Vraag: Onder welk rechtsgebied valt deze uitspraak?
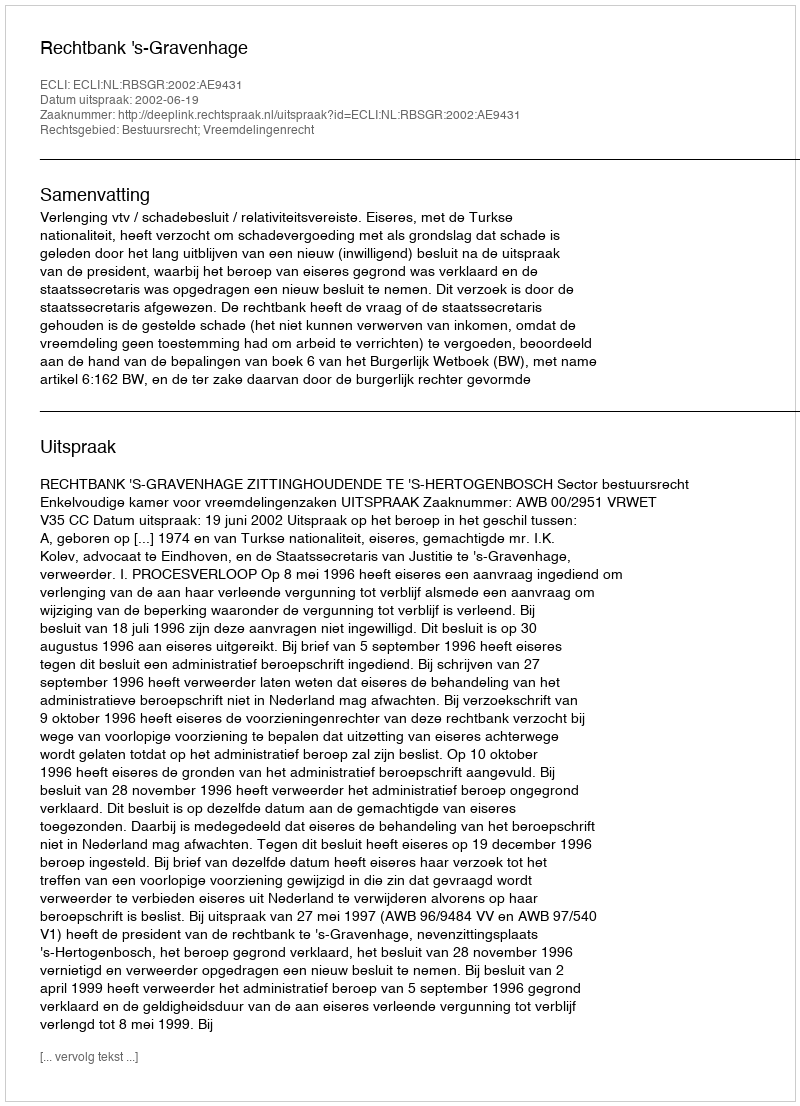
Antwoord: Bestuursrecht; Vreemdelingenrecht